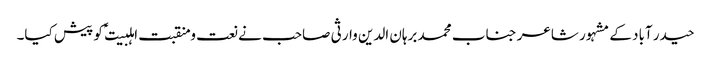
حیدر آباد کے مشہور شاعر جناب محمد برہان الدین وارثی صاحب نے نعت و منقبت اہلبیت ؑ کو پیش کیا۔